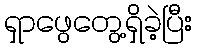
ရှာဖွေတွေ့ရှိခဲ့ပြီး